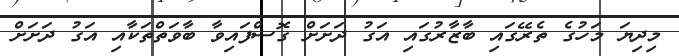
މިދިޔަ މަހުގެ ތެރޭގައި ބާޒާރުގައި އަގު ދަށަށް ގޮސްފައިވާ ބާވަތްތަކާއި އަގު ދަށަށް